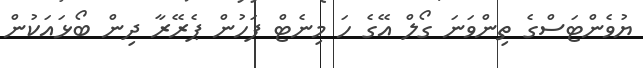
ޔުވެންޓަސްގެ ތިންވަނަ ގޯލް އޭގެ ހަ މިނެޓް ފަހުން ޕެރޭރާ ދިން ބޯޅައަކުން